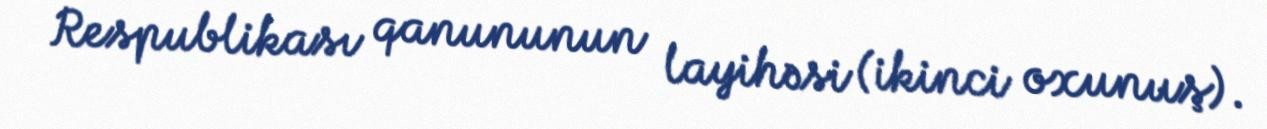
Respublikası qanununun layihəsi (ikinci oxunuş).